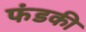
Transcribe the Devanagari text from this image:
फंडकी